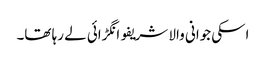
اسکی جوانی والا شریفو انگڑائی لے رہا تھا۔